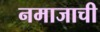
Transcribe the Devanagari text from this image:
नमाजाची